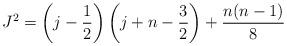
LaTeX: \begin{align*}J^2=\left(j-\frac{1}{2}\right)\left(j+n-\frac{3}{2}\right)+\frac{n(n-1)}{8}\end{align*}